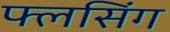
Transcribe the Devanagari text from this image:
फ्लसिंग